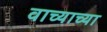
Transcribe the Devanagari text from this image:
वाच्याच्या